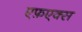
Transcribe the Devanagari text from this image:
एफ़एक्स